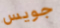
جويس